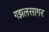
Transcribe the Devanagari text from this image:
गझलसागर